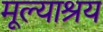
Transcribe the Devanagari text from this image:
मूल्याश्रय